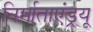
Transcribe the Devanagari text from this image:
निर्माताएंड्रयू